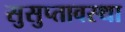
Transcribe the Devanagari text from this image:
सुसुप्तावस्था